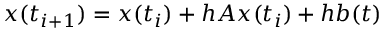
x ( t _ { i + 1 } ) = x ( t _ { i } ) + h A x ( t _ { i } ) + h b ( t )